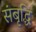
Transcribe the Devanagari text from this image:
संबृद्धि